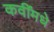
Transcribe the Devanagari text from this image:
कवींमधे